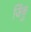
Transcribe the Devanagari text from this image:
जिंकु